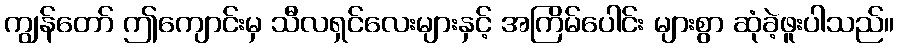
ကျွန်တော် ဤကျောင်းမှ သီလရှင်လေးများနှင့် အကြိမ်ပေါင်း များစွာ ဆုံခဲ့ဖူးပါသည်။